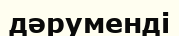
дәруменді